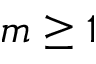
m \geq 1